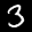
Label: 3